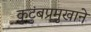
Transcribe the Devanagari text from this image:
कुटुंबप्रमुखाने